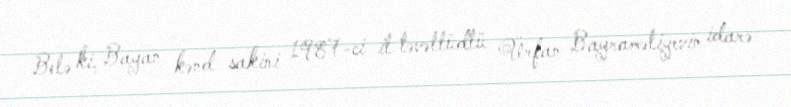
Belə ki, Bayan kənd sakini 1987-ci il təvəllüdlü Ürfan Bayraməliyevin idarə